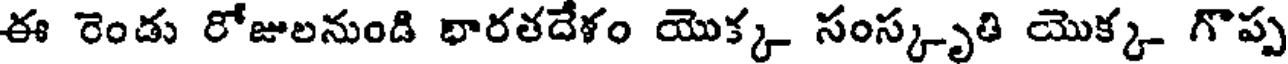
ఈ రెండు రోజులనుండి భారతదేళం యొక్క సంస్కృతి యొక్క- గొప్ప